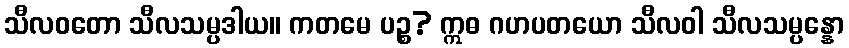
သီလဝတော သီလသမ္ပဒါယ။ ကတမေ ပဉ္စ? ဣဓ ဂဟပတယော သီလဝါ သီလသမ္ပန္နော